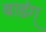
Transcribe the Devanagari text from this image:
बाडंग्